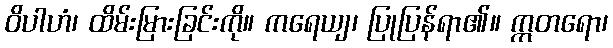
ဝိပါဟံ၊ ထိမ်းမြားခြင်းကို။ ကရေယျ၊ ပြုပြန်ရာ၏။ ဣတရော၊